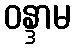
ဝန္ဒာမ